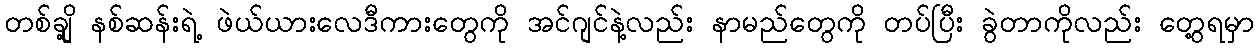
တစ်ချို့ နစ်ဆန်းရဲ့ ဖဲယ်ယားလေဒီကားတွေကို အင်ဂျင်နဲ့လည်း နာမည်တွေကို တပ်ပြီး ခွဲတာကိုလည်း တွေ့ရမှာ